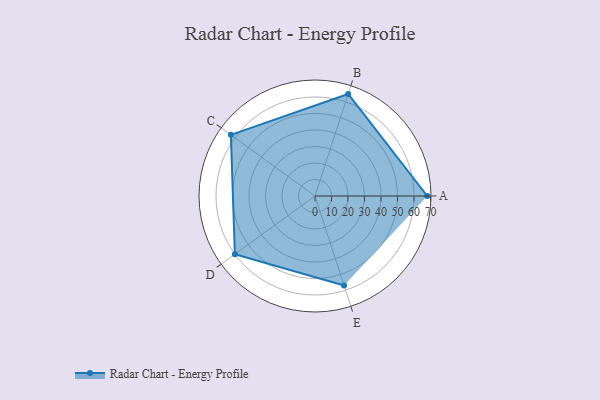
{"axis": {"x": "Skill", "y": "Score"}, "legend": ["Profile"], "data": [{"x": "A", "y": 68.0, "type": "Profile"}, {"x": "B", "y": 65.0, "type": "Profile"}, {"x": "C", "y": 63.0, "type": "Profile"}, {"x": "D", "y": 60.0, "type": "Profile"}, {"x": "E", "y": 57.0, "type": "Profile"}]}